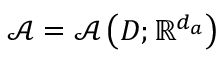
\mathcal { A } = \mathcal { A } \left( D ; \mathbb { R } ^ { d _ { a } } \right)